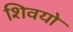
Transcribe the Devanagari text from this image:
शिवयो